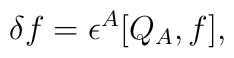
\delta f = \epsilon^A[Q_A, f],